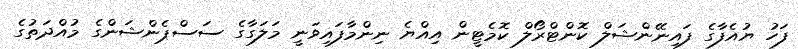
ފަހު ޔުއެފާގެ ފައިނޭންޝަލް ކޮންޓްރޯލް ކޮމެޓީން އިއްޔެ ނިންމާފައިވަނީ މަލަގާގެ ސަސްޕެންޝަންގެ މުއްދަތުގެ